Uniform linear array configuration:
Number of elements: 64
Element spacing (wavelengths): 0.75
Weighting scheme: hamming
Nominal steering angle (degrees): -15
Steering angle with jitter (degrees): -16.287
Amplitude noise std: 0.05
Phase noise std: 0.05

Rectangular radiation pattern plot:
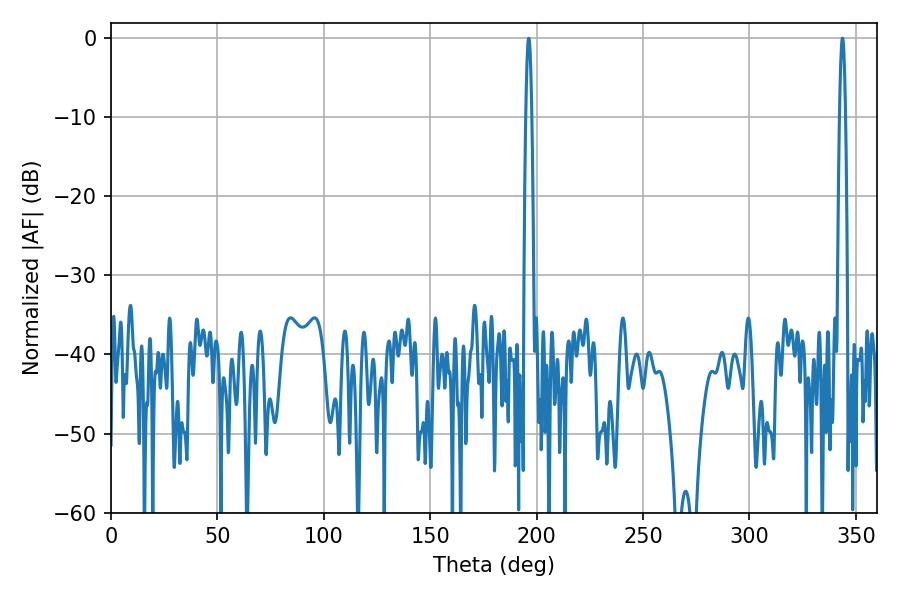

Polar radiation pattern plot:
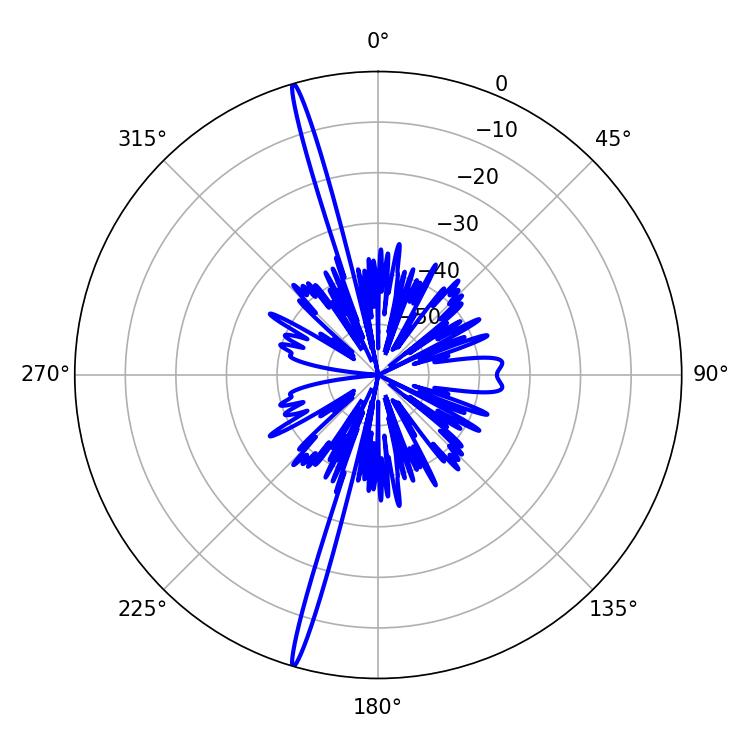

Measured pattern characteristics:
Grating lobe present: TRUE
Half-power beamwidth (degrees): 1.62
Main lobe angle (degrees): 196.2